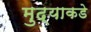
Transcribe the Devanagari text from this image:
मुद्याकडे